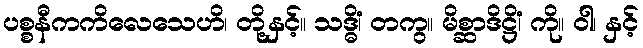
ပစ္စနီကကိလေသေဟိ၊ တို့နှင့်။ သဒ္ဓိံ၊ တကွ။ မိစ္ဆာဒိဋ္ဌိံ၊ ကို။ ဝါ၊ နှင့်